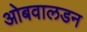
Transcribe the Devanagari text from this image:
ओबवालडन